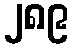
၂၈၉